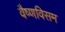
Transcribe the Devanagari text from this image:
वैष्णविसम